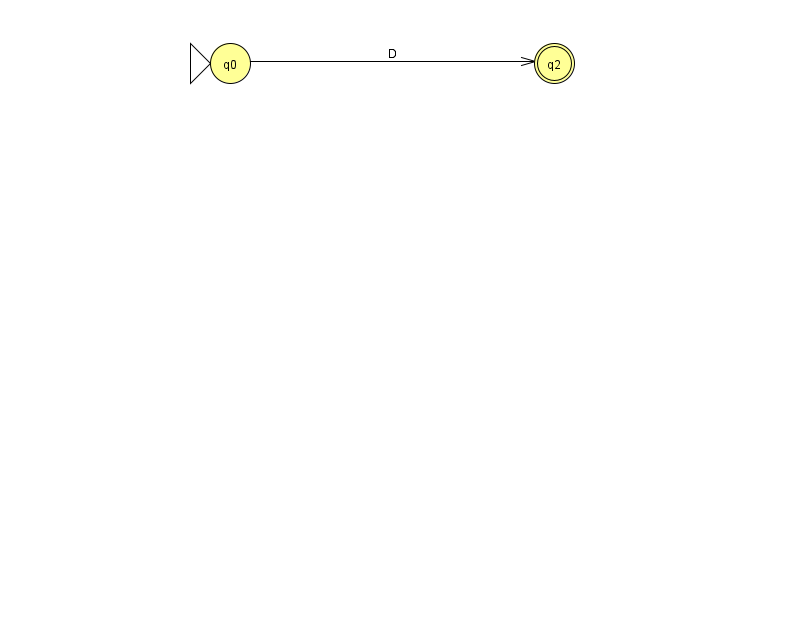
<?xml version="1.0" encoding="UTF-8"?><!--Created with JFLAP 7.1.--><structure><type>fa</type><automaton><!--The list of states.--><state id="0" name="q0"><x>230.0</x><y>50.0</y><initial/></state><state id="2" name="q2"><x>554.0</x><y>50.0</y><final/></state><!--The list of transitions.--><transition><from>0</from><to>2</to><read>D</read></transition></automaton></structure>